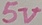
Text: 5V